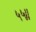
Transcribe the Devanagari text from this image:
५५।।